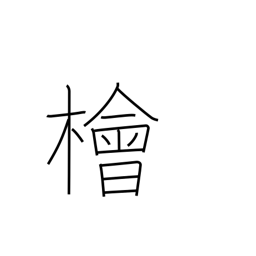
Meaning: Japanese cypress